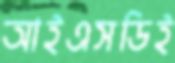
আইএসডিই